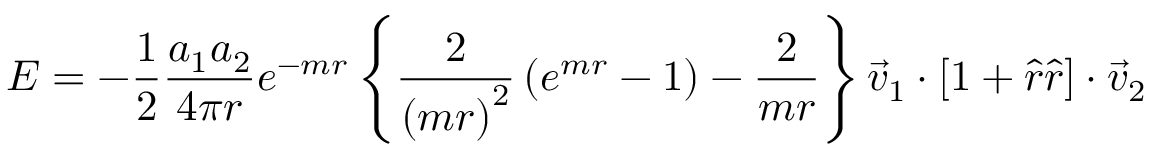
E = - { \frac { 1 } { 2 } } { \frac { a _ { 1 } a _ { 2 } } { 4 \pi r } } e ^ { - m r } \left\{ { \frac { 2 } { \left( m r \right) ^ { 2 } } } \left( e ^ { m r } - 1 \right) - { \frac { 2 } { m r } } \right\} { \vec { v } } _ { 1 } \cdot \left[ 1 + { \hat { r } } { \hat { r } } \right] \cdot { \vec { v } } _ { 2 }